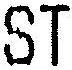
ST